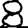
Digit: 8